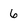
Character: 6